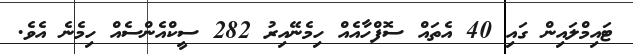
ޓައިމްލައިން ގައި 40 އެތައް ސޮފްހާއެއް ހިމެނޭއިރު 282 ސީކްއެންސެއް ހިމެނެ އެވެ.